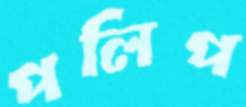
পলিপ